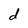
Character: d